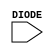
module sky130_fd_sc_lp__diode (
    DIODE
);

    // Module ports
    input DIODE;

    // Module supplies
    supply1 VPWR;
    supply0 VGND;
    supply1 VPB ;
    supply0 VNB ;
     // No contents.
endmodule